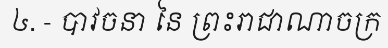
៤. - បាវចនា នៃ ព្រះរាជាណាចក្រ